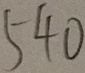
5 4 0